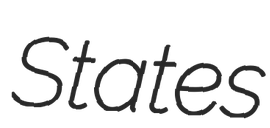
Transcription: States